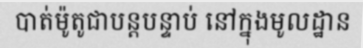
បាត់ម៉ូតូជាបន្តបន្ទាប់ នៅក្នុងមូលដ្ឋាន